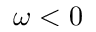
\omega < 0